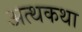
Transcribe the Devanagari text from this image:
अत्थकथा